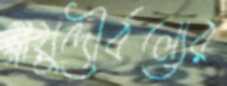
স্নায়ুদৌর্বল্যের